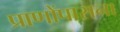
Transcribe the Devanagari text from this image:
प्राणोंपासना